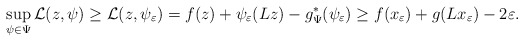
\begin{align*}\sup_{\psi\in\Psi} \mathcal{L} (z,\psi) \geq \mathcal{L} (z,\psi_\varepsilon) = f(z) + \psi_\varepsilon(Lz) - g^*_\Psi (\psi_\varepsilon) \geq f(x_\varepsilon) + g(Lx_\varepsilon) - 2\varepsilon.\end{align*}